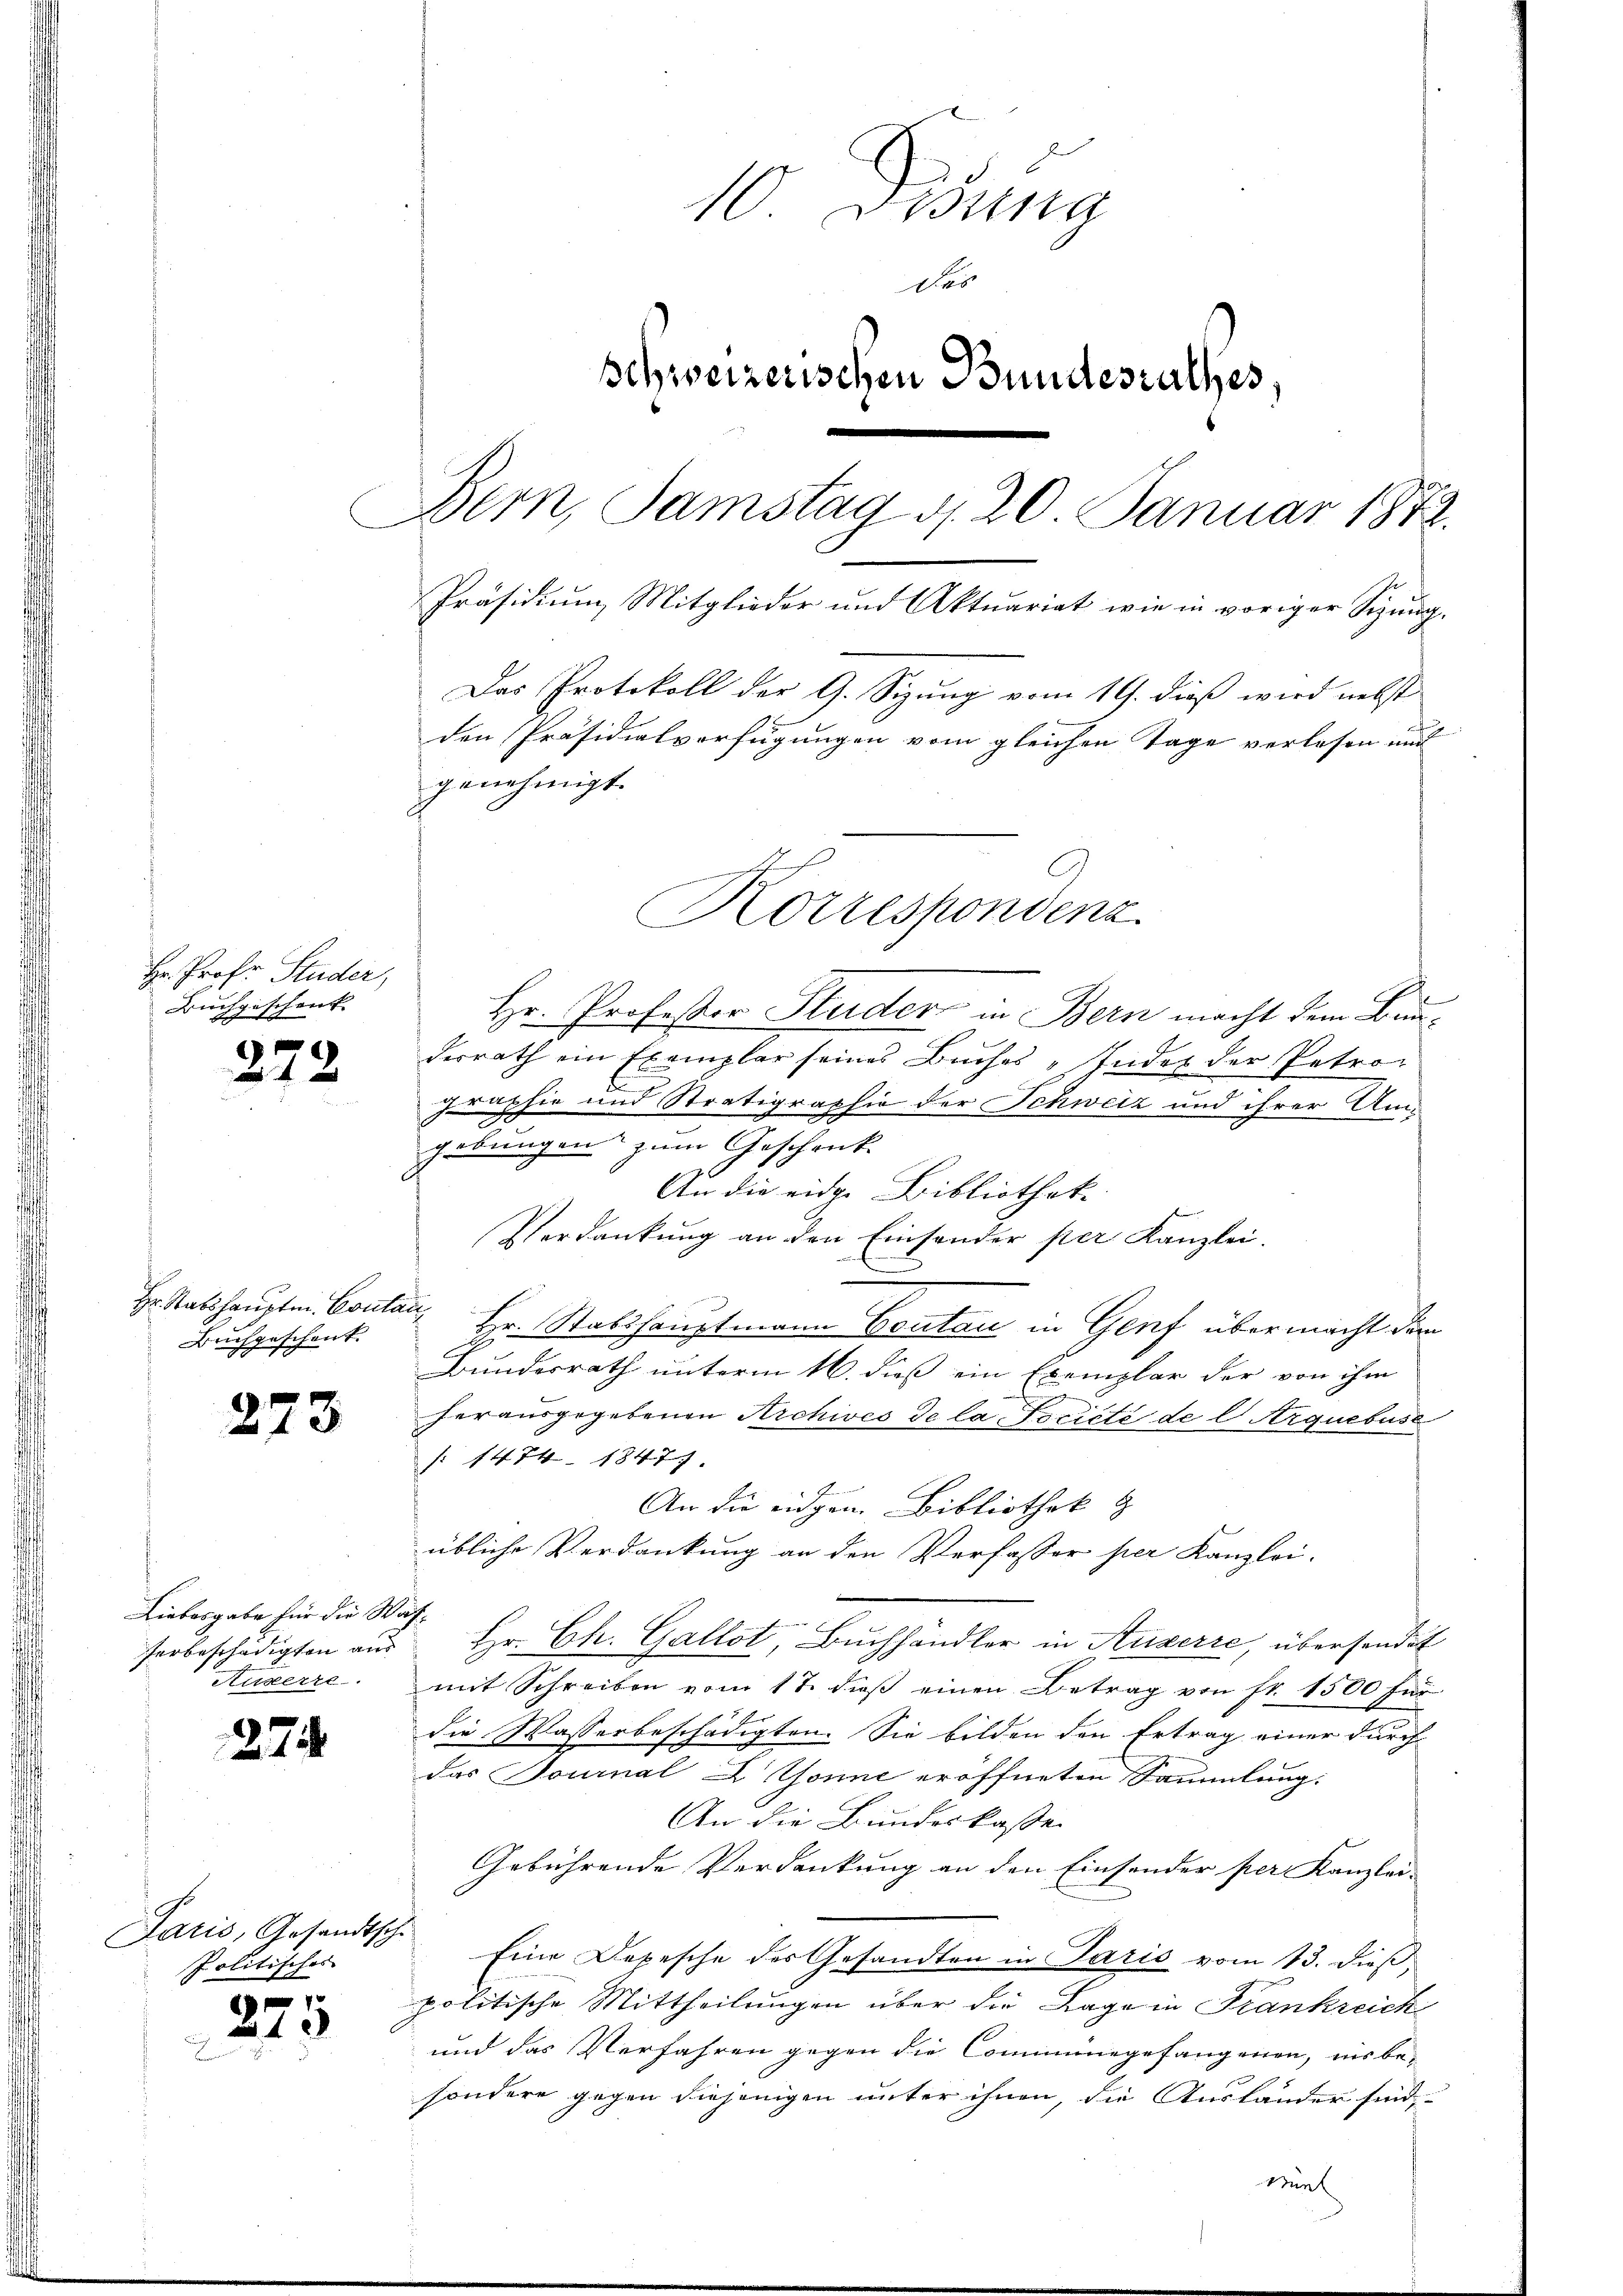
Hr. Prof. Studer,
Buchgeschenk |

272

Hr. Stabshauptm. Conta
Beichgeschenkt.

273

Liebesgabe für die Wafarbeschädigten aus
Ruserre

274

Paris, Gesandtsch
politischer

2

10. Disung
das
Schweizerischen Bundesrathes,
Bern, Samstag d. 20 Januar 1872.
Präsidium Mitglieder und Aktuariat wie in voriger Sizung.
Das Protokoll der G. Sizung vom 19. dieß wird nebst
den Präsidialverfügungen vom gleichen Tage verlesen und
genehmigt.
Korrespondenz

Hr. Professor Studer in Bern macht dem Bunderrath ein Exemplar seines Buches „Indet der Patrol
graphie und Stratigraphie der Schweiz und ihrer Um-
gebungen zum Geschrick
An die eidge Bibliothek
Verdankung an den Einsonder per Kanzlei.
.
Hr. Stabshauptmann Beutan in Genf übermacht der
Bundesrath unterm 16. dieß ein Exemplar der von ihm
herausgegebenen Archives de la-Fociété de l Arquebus
 1474. 1847.
An die eidgen. Bibliothek z
übliche Verdankung an den Verfasser per Kanzlei-
e
i
Hr. Ch. Gallot, Buchhändler in Auserre, übersendet
mit Schreiben vom 17. dieß einen Betrag von fr. 1500 für
die Wasserbeschädigten. Sie bilden den Ertrag einer durch
das Tournal L Gönne eröffneten Sammlung.
An die Bundeskasse
Gebührende Verdankung an den Einsonder per Kanzlei-
Eine Depesche der Gesandten in Paris vom 13. dieß,
politische Mittheilungen über die Lage in Frankreich
und das Verfahren gegen die Commungefangenen, ins be-
sondere gegen diejenigen unter ihnen, die Ausländer sind,
Miel